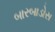
બારબાડોસ